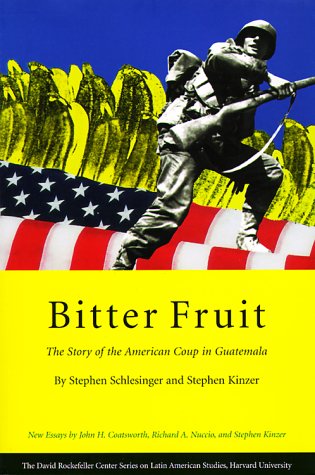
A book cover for Bitter Fruit: The Story of the American Coup in Guatemala; History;